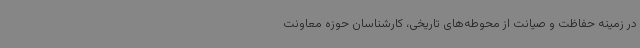
در زمینه حفاظت و صیانت از محوطه‌های تاریخی، کارشناسان حوزه معاونت